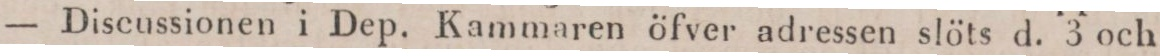
— Discussionen i Dep. Kammaren öfver adressen slöts d. 3 och